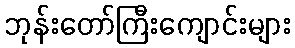
ဘုန်းတော်ကြီးကျောင်းများ